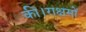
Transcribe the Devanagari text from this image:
की।राक्षसों